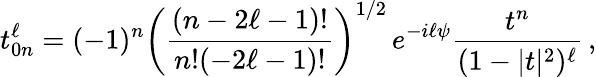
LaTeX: t_{0n}^{\ell}=(-1)^{n}\left(\frac{(n-2\ell-1)!}{n!{(-2\ell-1)!}}\right)^{1/2}\, e^{-i\ell\psi}\frac{t^{n}}{(1-|t|^{2})^{\ell}}\, ,